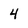
Character: 4